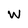
Character: W